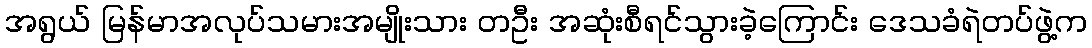
အရွယ် မြန်မာအလုပ်သမားအမျိုးသား တဦး အဆုံးစီရင်သွားခဲ့ကြောင်း ဒေသခံရဲတပ်ဖွဲ့က